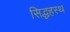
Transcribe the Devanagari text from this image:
सिद्धहस्थ